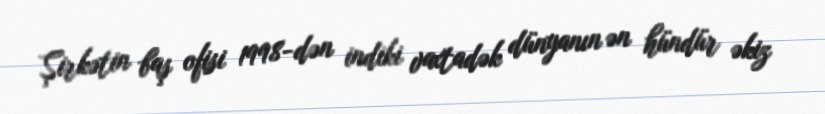
Şirkətin baş ofisi 1998-dən indiki vaxtadək dünyanın ən hündür əkiz